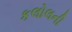
કલોલની